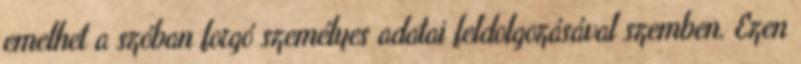
emelhet a szóban forgó személyes adatai feldolgozásával szemben. Ezen